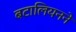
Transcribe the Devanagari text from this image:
बटालियनने